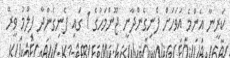
ކަރީނާ އެންމެ އަވަހަށް ފެނިގެންދާނީ ޖޫންމަހުގެ 1 ގައި ފެނިގެންދާ ފިލްމު ވީރޭ